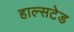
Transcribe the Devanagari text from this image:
हाल्सटेड